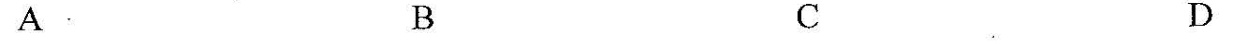
A B C D